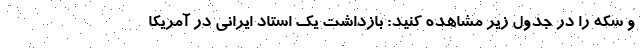
و سکه را در جدول زیر مشاهده کنید: بازداشت یک استاد ایرانی در آمریکا